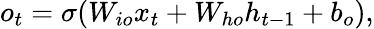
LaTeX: o_{t}=\sigma(W_{io}x_{t}+W_{ho}h_{t-1}+b_{o}),